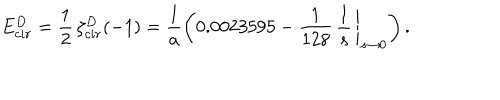
LaTeX: E _ { c i r } ^ { D } = \frac { 1 } { 2 } \, \zeta _ { c i r } ^ { D } ( - 1 ) = \frac { 1 } { a } \left( 0 . 0 0 2 3 5 9 5 - \left. \frac { 1 } { 1 2 8 } \, \frac { 1 } { s } \, \right| _ { s \to 0 } \right) .